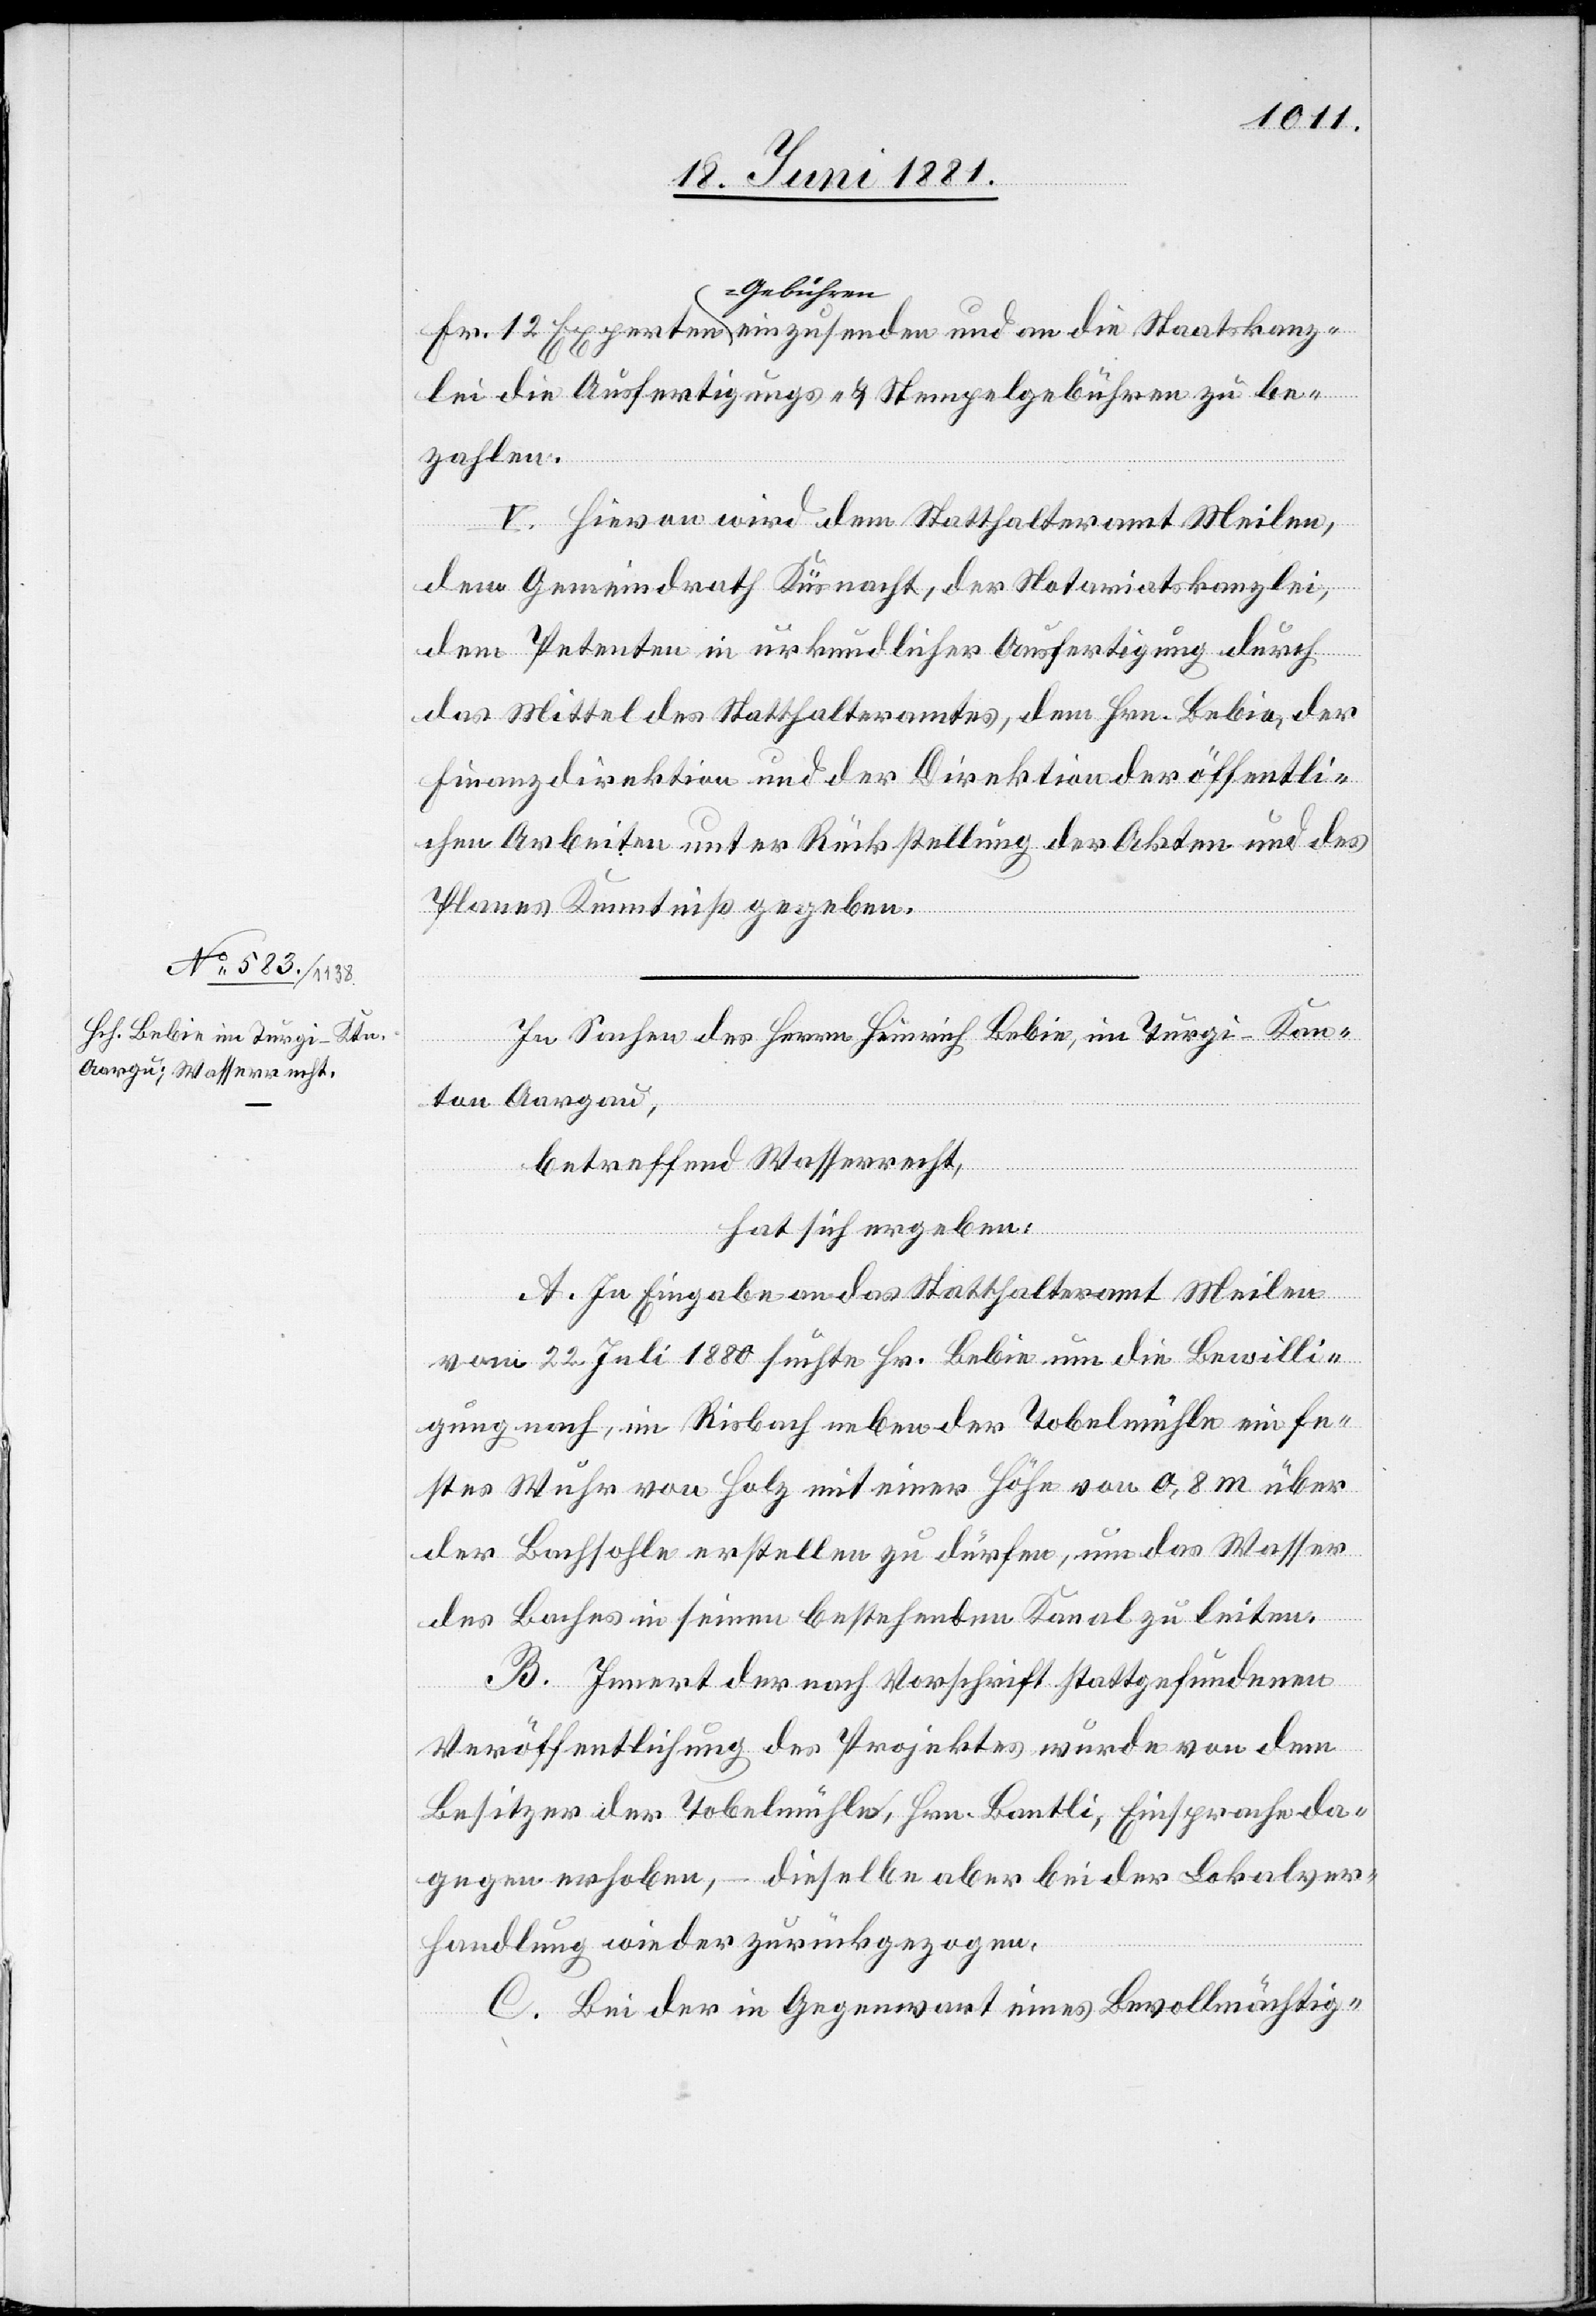
zlei die Ausfertigungs- & Stempelgebühren zu be¬
kan¬
zahlen.
V. Hievon wird dem Statthalteramt Meilen,
dem Gemeindrath Küsnacht, der Notariatskanzlei,
dem Petenten in urkundlicher Ausfertigung durch
das Mittel des Statthalteramtes, dem Hrn. Bebie, der
Finanzdirektion und der Direktion der öffentli¬
chen Arbeiten unter Rückstellung der Akten und des
Planes Kenntniß gegeben.
In Sachen des Herrn Heinrich Bebie, im Turgi - Kan¬
tons Aargau,
betreffend Wasserrecht,
hat sich ergeben:
A. In Eingabe an das Statthalteramt Meilen
vom 22. Juli 1880 suchte Hr. Bebie um die Bewilli¬
gung nach, im Risbach neben der Tobelmühle ein fe¬
stes Wuhr von Holz mit einer Höhe von 0,8 m über
der Bachsohle erstellen zu dürfen, um das Wasser
des Baches in seinen bestehenden Kanal zu leiten.
B. Innert der nach Vorschrift stattgefundenen
Veröffentlichung des Projektes wurde von dem
Besitzer der Tobelmühle, Hrn. Bantli, Einsprache da¬
gegen erhoben, – dieselbe aber bei der Lokalver¬
handlung wieder zurückgezogen.
C. Bei der Gegenwart eines Bevollmächtig-